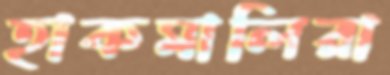
হাকমালিরা